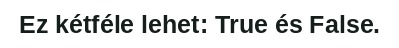
Ez kétféle lehet: True és False.